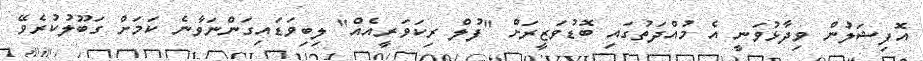
އޮފިޝަލުން ވިދާޅުވަނީ އެ މުއްދަތުގައި ބޮޑުވަޒީރަށް "ފުލް ރިކަވަރީއެއް" ލިބިވަޑައިގަންނަވާނެ ކަމަށް ގަބޫލުކުރެވޭ